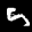
Label: 5